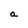
Character: a